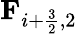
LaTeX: \textbf{F}_{i+\frac{3}{2},2}